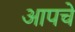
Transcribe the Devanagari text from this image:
आपचे